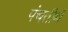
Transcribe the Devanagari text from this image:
पंचतीर्थे